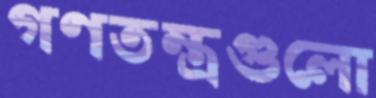
গণতন্ত্রগুলো